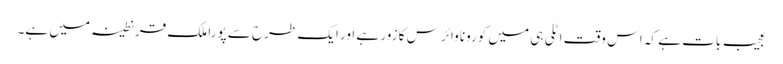
عجیب بات ہے کہ اس وقت اٹلی ہی میں کورونا وائرس کا زور ہے اور ایک طرح سے پورا ملک قرنطینہ میں ہے۔